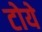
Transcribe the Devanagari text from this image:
टोये